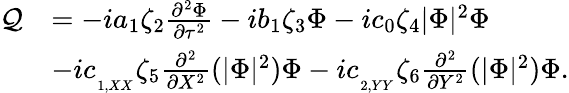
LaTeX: \begin{array}{rl}{\mathcal{Q}}&{=-ia_{1}\zeta_{2}\frac{\partial^{2}\Phi}{\partial\tau^{2}}-ib_{1}\zeta_{3}\Phi-ic_{0}\zeta_{4}|\Phi|^{2}\Phi}\\ &{-ic_{_{_{1,XX}}}\zeta_{5}\frac{\partial^{2}}{\partial X^{2}}(|\Phi|^{2})\Phi-ic_{_{_{2,YY}}}\zeta_{6}\frac{\partial^{2}}{\partial Y^{2}}(|\Phi|^{2})\Phi.}\end{array}